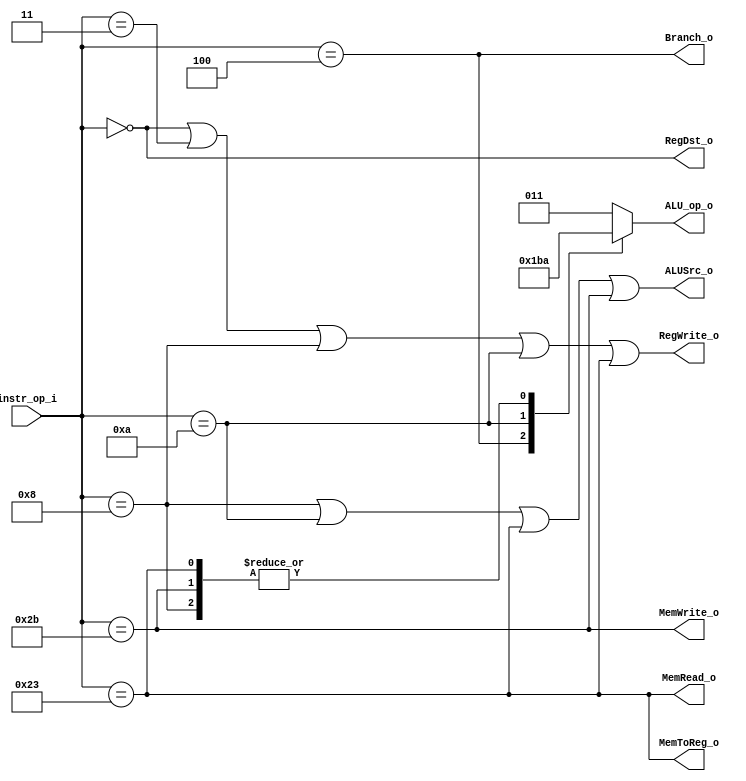
//0610780

//Subject:     CO project 2 - Decoder
//--------------------------------------------------------------------------------
//Version:     1
//--------------------------------------------------------------------------------
//Writer:      Luke
//----------------------------------------------
//----------------------------------------------
//Description:
//--------------------------------------------------------------------------------

module Decoder(
    instr_op_i,
	RegWrite_o,
	ALU_op_o,
	ALUSrc_o,
	RegDst_o,
	Branch_o,
    MemToReg_o,
    MemRead_o,
    MemWrite_o
	);

//I/O ports
input  [6-1:0] instr_op_i;

output         RegWrite_o;
output [3-1:0] ALU_op_o;
output         ALUSrc_o;
output         RegDst_o;
output         Branch_o;
output         MemToReg_o;
output         MemRead_o;
output         MemWrite_o;

//Internal Signals
reg    [3-1:0] ALU_op_o;
reg            ALUSrc_o;
reg            RegWrite_o;
reg            RegDst_o;
reg            Branch_o;
reg            MemToReg_o;
reg            MemRead_o;
reg            MemWrite_o;
//Parameter


//Main function
always @( * ) begin
    RegWrite_o = (instr_op_i == 0 || // R-type
                  instr_op_i == 3 || // jal
                  instr_op_i == 8 || // addi
                  instr_op_i == 10 || // slti
                  instr_op_i == 35); // lw

    ALUSrc_o = (instr_op_i == 8 || // addi
                instr_op_i == 10 || //slti
                instr_op_i == 35 || // lw
                instr_op_i == 43); // sw

    case (instr_op_i)
        4:  ALU_op_o <= 6; // beq -> sub
        8:  ALU_op_o <= 2; // addi -> add
        10: ALU_op_o <= 7; // alti -> slt
        35: ALU_op_o <= 2; // lw -> add
        43: ALU_op_o <= 2; // sw -> add
        default: ALU_op_o = 3; // R-type included
    endcase

    RegDst_o <= (instr_op_i == 0); // R-type
    Branch_o <= (instr_op_i == 4); // beq
    MemToReg_o <= (instr_op_i == 35); // lw
    MemRead_o <= (instr_op_i == 35); // lw
    MemWrite_o <= (instr_op_i == 43); // sw
    end
endmodule